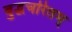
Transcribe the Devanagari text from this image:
बुद्धचरितम्‌